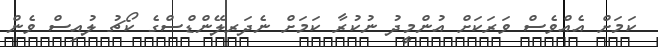
ކަމަށް އެއްވެސް ވަރަކަށް އުންމީދު ނުކުރާ ކަމަށް ނެދަރލޭންޑްސްގެ ކޯޗު ލުއިސް ވެން